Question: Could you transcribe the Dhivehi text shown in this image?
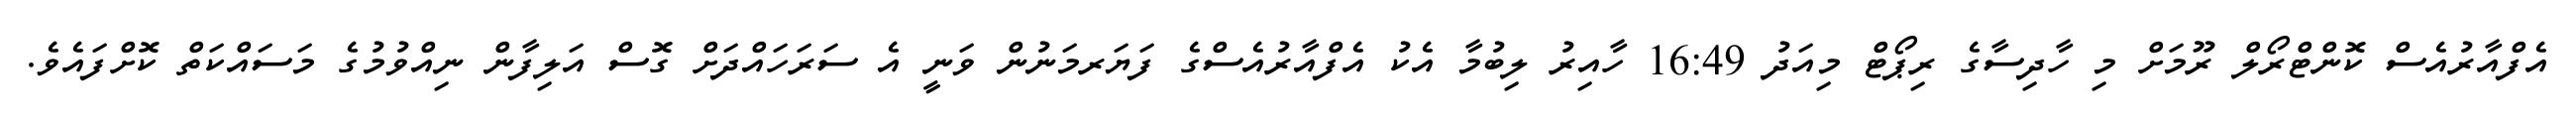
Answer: އެފްއާރުއެސް ކޮންޓްރޯލް ރޫމަށް މި ހާދިސާގެ ރިޕޯޓް މިއަދު 16:49 ހާއިރު ލިބުމާ އެކު އެފްއާރުއެސްގެ ފަޔަރމަނުން ވަނީ އެ ސަރަހައްދަށް ގޮސް އަލިފާން ނިއްވުމުގެ މަސައްކަތް ކޮށްފައެވެ.